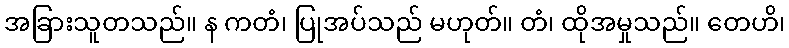
အခြားသူတသည်။ န ကတံ၊ ပြုအပ်သည် မဟုတ်။ တံ၊ ထိုအမှုသည်။ တေဟိ၊